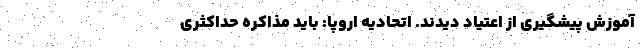
آموزش پیشگیری از اعتیاد دیدند. اتحادیه اروپا: باید مذاکره حداکثری